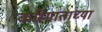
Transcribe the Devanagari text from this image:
करिमाताच्या